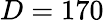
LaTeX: D=170